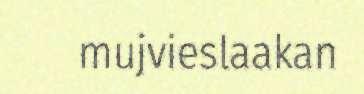
mujvieslaakan